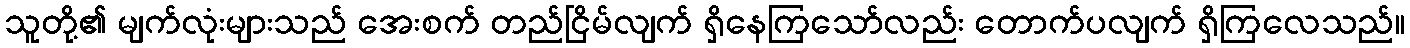
သူတို့၏ မျက်လုံးများသည် အေးစက် တည်ငြိမ်လျက် ရှိနေကြသော်လည်း တောက်ပလျက် ရှိကြလေသည်။